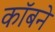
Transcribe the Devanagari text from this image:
कॉबने